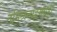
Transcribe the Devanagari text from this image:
तमिळनाडूमधेही